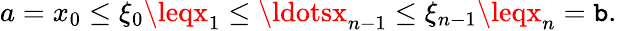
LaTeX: a=x_{0}\leq\xi_{0}\leqx_{1}\leq\ldotsx_{n-1}\leq\xi_{n-1}\leqx_{n}=\mathtt{b}.